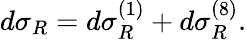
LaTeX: d\sigma_{R}=d\sigma_{R}^{(1)}+d\sigma_{R}^{(8)}.